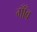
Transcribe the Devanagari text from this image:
गाँँव